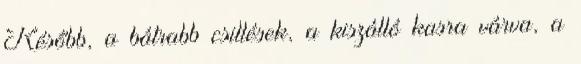
Később, a bátrabb csillések, a kiszálló kasra várva, a